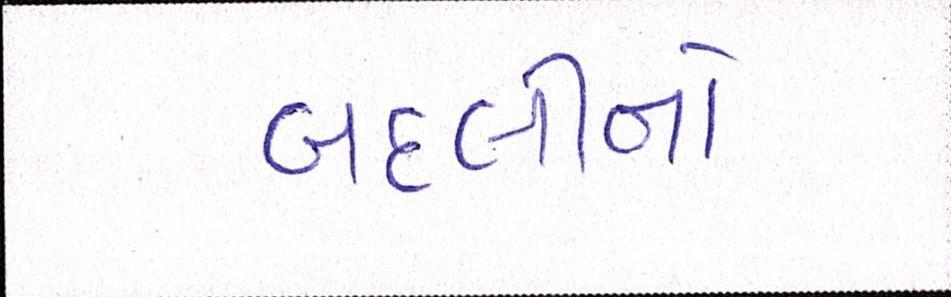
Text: બદલીનો